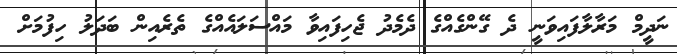
ނަދީމް މަރާލާފައިވަނީ ދެ ގޭންގެއްގެ ދެމެދު ޖެހިފައިވާ މައްސަލައެއްގެ ތެރެއިން ބަދަލު ހިފުމަށް